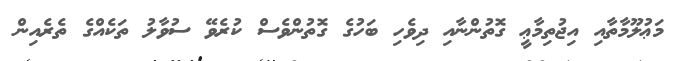
މަޢުލޫމާތާއި އިޖުތިމާޢީ ގޮތުންނާއި ދިވެހި ބަހުގެ ގޮތުންވެސް ކުރެވޭ ސުވާލު ތަކެއްގެ ތެރެއިން